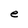
Character: e